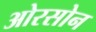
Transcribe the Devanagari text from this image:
ओरसोन